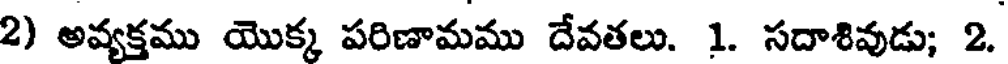
2) అవ్యక్తము యొక్క పరిణామము దేవతలు. 1. సదాశివుడు; 2.